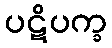
ပဋိပက္ခ